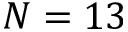
N = 1 3